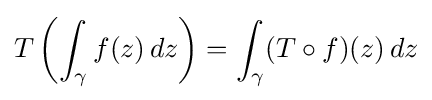
T\left(\int _{\gamma }f(z)\,dz\right)=\int _{\gamma }(T\circ f)(z)\,dz